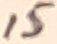
Text: 15